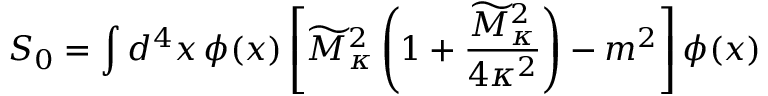
S _ { 0 } = \int d ^ { 4 } x \, \phi ( x ) \left[ \widetilde { M } _ { \kappa } ^ { 2 } \left( 1 + { \frac { \widetilde { M } _ { \kappa } ^ { 2 } } { 4 \kappa ^ { 2 } } } \right) - m ^ { 2 } \right] \phi ( x )